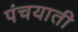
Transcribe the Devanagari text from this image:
पंचयाती